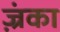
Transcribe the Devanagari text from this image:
ज़्रंका